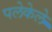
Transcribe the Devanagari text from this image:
पलेकेले